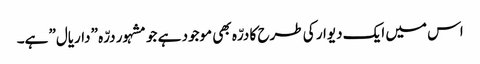
اس میں ایک دیوار کی طرح کا درّہ بھی موجود ہے جو مشہور درّہ ”داریال” ہے۔